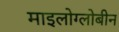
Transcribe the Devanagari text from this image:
माइलोग्लोबीन